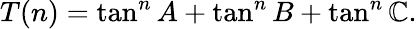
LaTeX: T(n)=\tan^{n}{A}+\tan^{n}{B}+\tan^{n}{\mathbb{C}}.